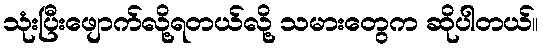
သုံးပြီးဖျောက်လို့ရတယ်လို့ သမားတွေက ဆိုပါတယ်။